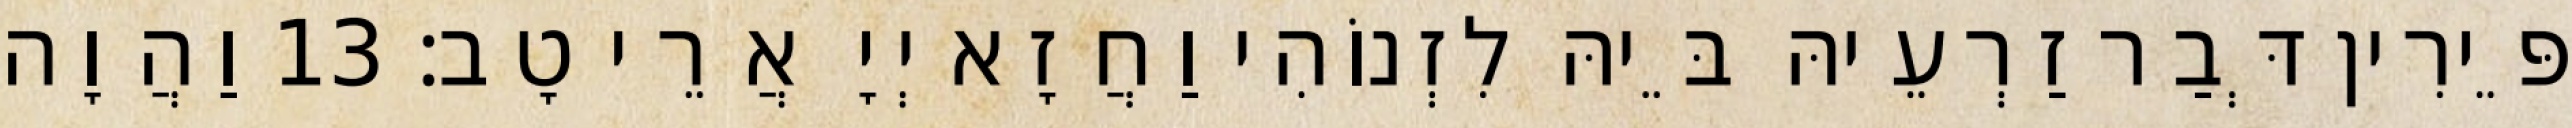
פֵּירִין דְּבַר זַרְעֵיהּ בֵּיהּ לִזְנוֹהִי וַחֲזָא יְיָ אֲרֵי טָב׃ 13 וַהֲוָה